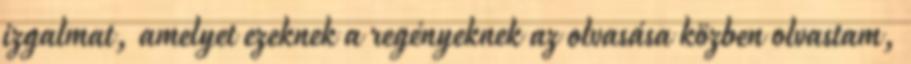
izgalmat, amelyet ezeknek a regényeknek az olvasása közben olvastam,